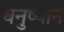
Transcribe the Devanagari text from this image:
धनुष्याने